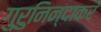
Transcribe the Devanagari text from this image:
गुरुनिन्दाकरं